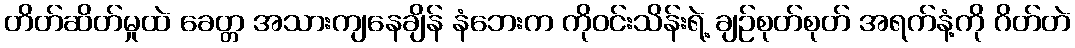
တိတ်ဆိတ်မှုထဲ ခေတ္တ အသားကျနေချိန် နံဘေးက ကိုဝင်းသိန်းရဲ့ ချဉ်စုတ်စုတ် အရက်နံ့ကို ဂိတ်တဲ